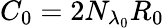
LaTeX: C_{0}=2N_{\lambda_{0}}R_{0}